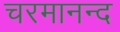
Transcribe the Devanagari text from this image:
चरमानन्द